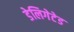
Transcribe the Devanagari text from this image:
डेलिगेटेड